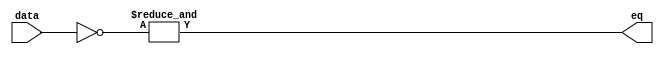
module And16Low
(
	input [15:0]data,
	output eq
);

	wire [15:0]low;

	assign low = ~data;
	
	assign eq = &low;
	
endmodule